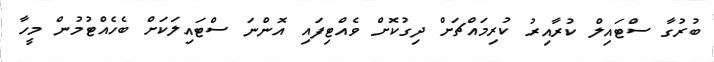
ބުރުގާ ސްޓައިލް ކުރާއިރު ކުރިމައްޗަށް ދިގުކޮށް ވެއްޓިފައި އޮންނަ ސްޓައިލަކަށް ބެހެއްޓުމުން މީހާ